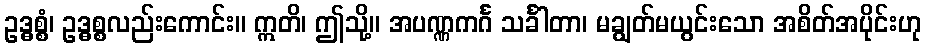
ဥဒ္ဓစ္စံ၊ ဥဒ္ဓစ္စလည်းကောင်း။ ဣတိ၊ ဤသို့။ အပဏ္ဏကင်္ဂ သင်္ခါတာ၊ မချွတ်မယွင်းသော အစိတ်အပိုင်းဟု